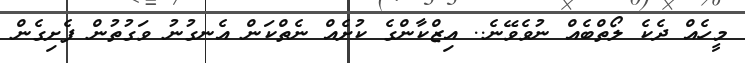
މީހެއް ދެކެ ލޯތްބެއް ނުވެވޭނެ.. އިޒްކާންގެ ކުށެއް ނެތްކަން އެނގުނު ވަގުތުން ފެށިގެން